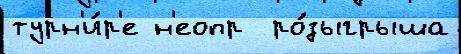
турн'и́р'е н'еопр  ро́зыгрыша